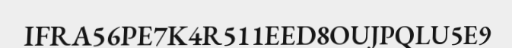
IFRA56PE7K4R511EED8OUJPQLU5E9